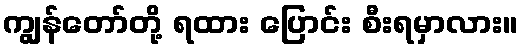
ကျွန်တော်တို့ ရထား ပြောင်း စီးရမှာလား။